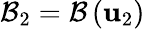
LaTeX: {\cal B}_{2}={\cal B}\left({\mathbf u}_{2}\right)